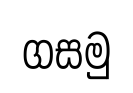
ගසමු